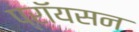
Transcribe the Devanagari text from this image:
प्रॉयसन